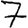
Digit: 7